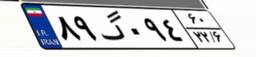
۸۹گ۰۹۴۶۰